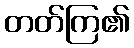
တတ်ကြ၏